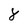
Character: 8